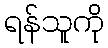
ရန်သူကို